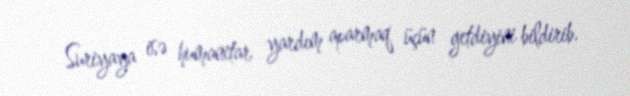
Suriyaya isə humanitar yardım aparmaq üçün getdiyini bildirib.